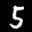
Label: 5